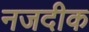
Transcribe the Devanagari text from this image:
नजदीक